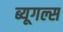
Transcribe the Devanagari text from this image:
ब्यूगल्स